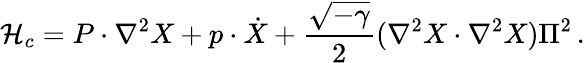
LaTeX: {\cal H}_{c}=P\cdot\nabla^{2}X+p\cdot\dot{X}+{\frac{\sqrt{-\gamma}}{2}}(\nabla^{2}X\cdot\nabla^{2}X)\Pi^{2}\, .